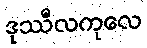
ဒုဿီလကုလေ